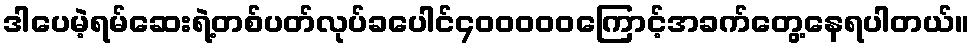
ဒါပေမဲ့ရမ်ဆေးရဲ့တစ်ပတ်လုပ်ခပေါင်၄၀၀၀၀၀ကြောင့်အခက်တွေ့နေရပါတယ်။